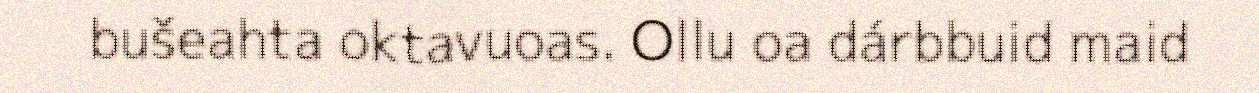
bušeahta oktavuoas. Ollu oa dárbbuid maid